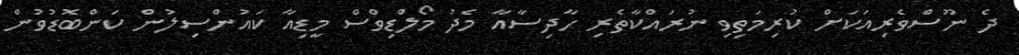
ދެ ނޫސްވެރިއަކަށް ކުރިމަތިވި ނުރައްކާތެރި ހާދިސާއާ މެދު މޯލްޑިވްސް މީޑިއާ ކައުންސިލުން ކަންބޮޑުވުން